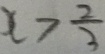
x > \frac { 2 } { 3 }